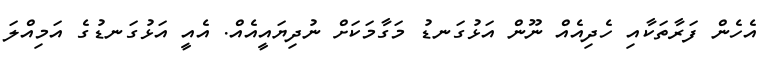
އެހެން ފަރާތަކާއި ހެދިއެއް ނޫން އަޅުގަނޑު މަގާމަކަށް ނުދިޔައީއެއް. އެއީ އަޅުގަނޑުގެ އަމިއްލަ